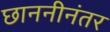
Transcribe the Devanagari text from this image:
छाननीनंतर